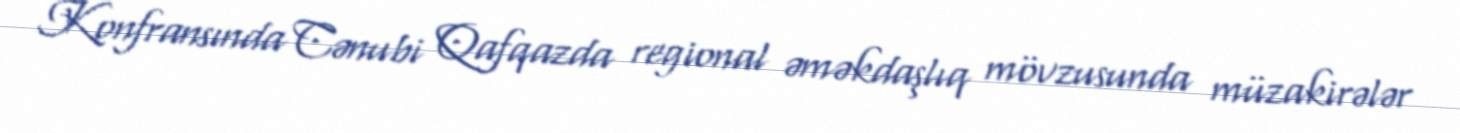
Konfransında Cənubi Qafqazda regional əməkdaşlıq mövzusunda müzakirələr